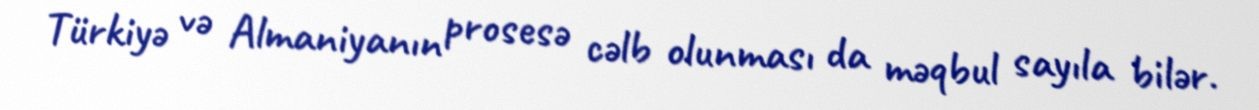
Türkiyə və Almaniyanın prosesə cəlb olunması da məqbul sayıla bilər.